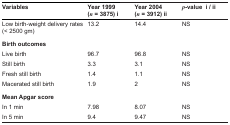
<table><thead><tr><td><b>Variables</b></td><td><b>Year 1999 (<i>n</i> = 3875) i</b></td><td><b>Year 2004 (<i>n</i> = 3912) ii</b></td><td><b><i>p</i>-value i / ii</b></td></tr></thead><tbody><tr><td>Low birth-weight delivery rates (&lt; 2500 gm)</td><td>13.2</td><td>14.4</td><td>NS</td></tr><tr><td><b>Birth outcomes</b></td><td></td><td></td><td></td></tr><tr><td>Live birth</td><td>96.7</td><td>96.8</td><td>NS</td></tr><tr><td>Still birth</td><td>3.3</td><td>3.1</td><td>NS</td></tr><tr><td>Fresh still birth</td><td>1.4</td><td>1.1</td><td>NS</td></tr><tr><td>Macerated still birth</td><td>1.9</td><td>2</td><td>NS</td></tr><tr><td><b>Mean Apgar score</b></td><td></td><td></td><td></td></tr><tr><td>In 1 min</td><td>7.98</td><td>8.07</td><td>NS</td></tr><tr><td>In 5 min</td><td>9.4</td><td>9.47</td><td>NS</td></tr></tbody></table>